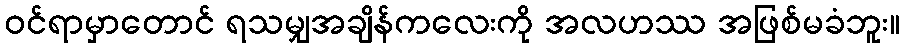
ဝင်ရာမှာတောင် ရသမျှအချိန်ကလေးကို အလဟဿ အဖြစ်မခံဘူး။